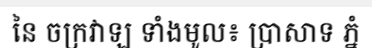
នៃ ចក្រវាឡ ទាំងមូល៖ ប្រាសាទ ភ្នំ